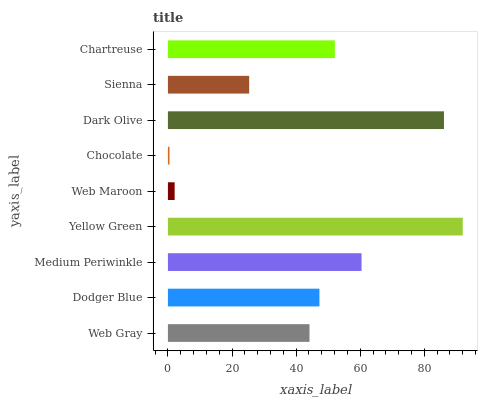
| yaxis_label | bars |
 | --- | --- |
 | Web Gray | 44.2 |
 | Dodger Blue | 47.3 |
 | Medium Periwinkle | 60.4 |
 | Yellow Green | 92 |
 | Web Maroon | 2.1 |
 | Chocolate | 0.498 |
 | Dark Olive | 86.1 |
 | Sienna | 25.4 |
 | Chartreuse | 52.1 |